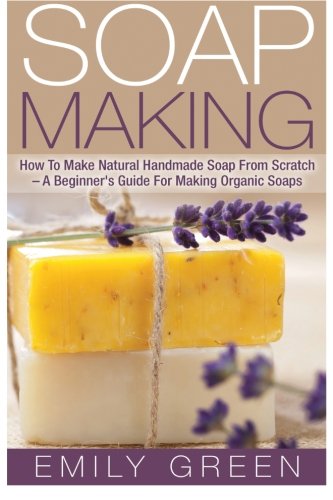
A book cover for Soap Making: How To Make Natural Handmade Soap From Scratch - A Beginner's Guide For Making Organic Soaps - Includes 20 Easy Soap Making Recipes; Emily Green; Crafts, Hobbies & Home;